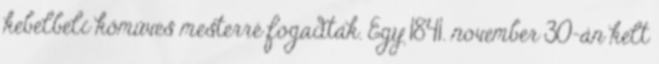
kebelbeli kőműves mesterré fogadták. Egy 1841. november 30-án kelt